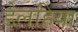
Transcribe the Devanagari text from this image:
डेलहिया